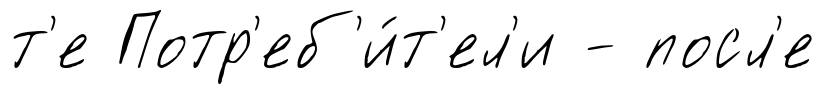
т'е Потр'еб'и́т'ел'и - посл'е